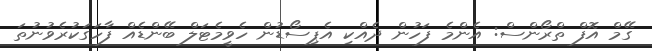
ގޭމް އޮފް ތްރޯންސް: އެންމެ ފަހުން ދެއްކި އެޕިސޯޑުން ހެވީމެޓަލް ބޭންޑެއް ފާހަގަކުރެވުނުތަ